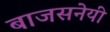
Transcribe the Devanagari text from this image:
बाजसनेयी